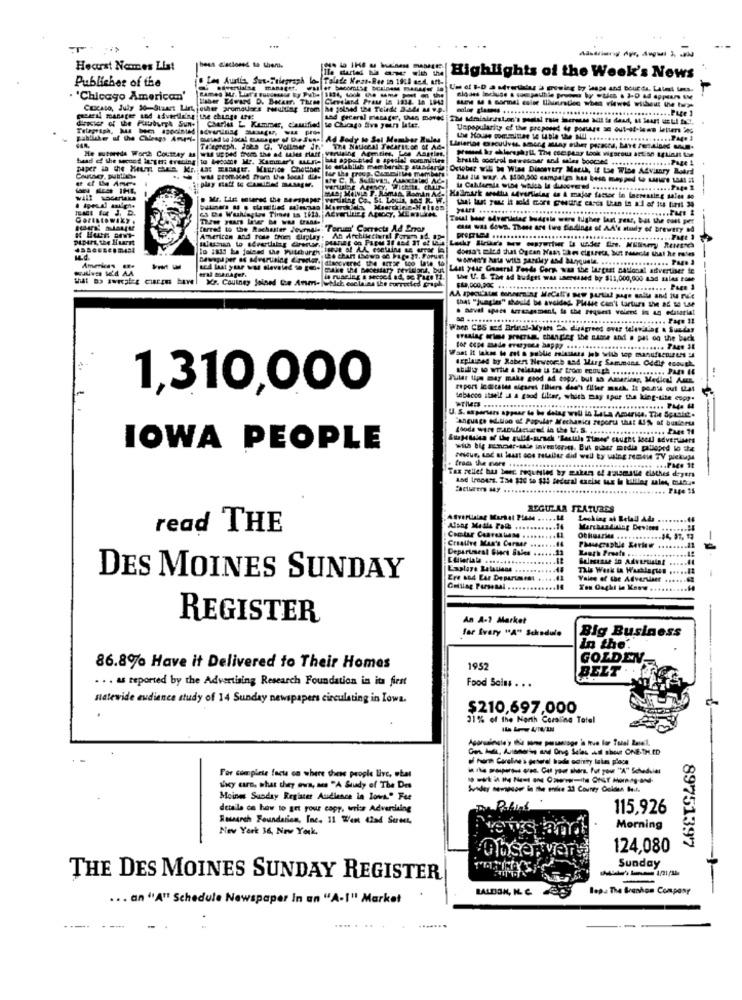
Hearst Ncomes List
Publicher of the
. Les Autla Sut-Telegraph lo- Talade Meat-Ree in 1918 ssd. tft-
Highlights of the Week's News
-------
. 'Chicago American'
Haber Edward D. Bacarr. Three Cleveland Pras in 1834. 18 1943
Cicaso, July 30-Staart List, other gromaders resulting from he joined 124 Tuinde 3M44 M 9.9.
.............. PL[e ]
direcier of the PlatzburgA Sun-
Des manager and advertle'sg the change url:
Charles L. Kammar, clauified to Chicago Sva years later.
Unpopularity of the proposed de posure se out-of-lena letumr 2%
Ad Body to Sel Member Rules
trulging Agmties, Les Ansties
bead of the second lergers erening
He sisseeds Word Coumay an wil upped from the ad sales Hatt
pointed . aposlal committee
proud &y chlorophyll The ese paar Look vigorous actish spuinst ton
tar the group. Committee member
Ortober wil be Wise Discovery Macch, if 15e Wice Advisory Board
WM From.Med from the local die-
-
Hallmark svetta Mvertising de A major factor in Increasing sales do
ferred to the Rochester Journale :Forum' Corrects Ad Error
cd was down. These are tie findings of AA's study of Brewery &d
DIDAM, the Hurst
.....
he rates
Blancvered the METze too late to
Ammicas ...
LAnt your General Tende Corn was the largest national advertiser te
that no swwater cres have! Mr. Couiney joined De Anm- whlet esclains the curvedied graph
eral manager.
the U. S. The ad Budget was unesused by $11,000,000 a3d sales rome
AA speculates donnerning MeCatto Bey purtial page salte and fu ru's
that "jungles" should be avoided. Please can't tortura the ad na use
When CBS azd Brinal-Myths "A disagreed over televising & Sunday
ersalag arios gracza, changing the stone and a pas on the back
for cone maade everyone happy ..........
explained by Rabers Newsorch and Marg Sammans, Oddly enough.
Tilat tips may make good ad copy, but as Americag, Medien! Ame.
1,310,000
report Indicates cigares Illiers dea's filler mach. It points out that
debacco itself : a good filter, which may spur the king-tite copy.
U. S. asparsans appear to ho delag well in Lata America. The Spuckt.
Language edition of Popular Mechanics report that &1% of business
SulaHalen of the guild-mench 'Beutile Time' caught loell advertisers
IOWA PEOPLE
ressur, Lac at least cos retailer did well ty wine remele TY pickups
Tax pellet bus beer. requested by makers of J'aismalle clothes deyers
Facturers My ...
REGULAR FEATURES
Locking af Retall Adi ..
read THE
Contar Caarealum ..
Creative Man's Carser
-
Department Chart Sales
.11
Explore Relavisas
This Work in Warslagte! ..
DES MOINES SUNDAY
Ere and Ear Department ...
..... 41
Valee of the Advertiser ...
Gelllag Personal
You Daghi in Kemw
REGISTER
An A-1 Market
far Ivary "A" Schedule
Big Business
in the'.
GOLDEN
86.8% Have it Delivered to Their Homes
1952
BELT
. . . as reported by the Advertising Research Foundation in its first
Food Soins . . .
statewide audience study of 14 Sunday newspapers circulating in Iowa.
$210,697,000
31% of the North Carolina Total
in ra popers ores Get your share. Put your "A" Scheduler
For complete facts on where these people live, obat
soy ern, what they eu's, aus "A Study of The Des
Moinm Sunday Register Audience in Love." Fee
details on how to get your copy, write Advertising
115,926
Rowarch Foundation, Inc. 11 Went 42nd Street,
New York 36, New York,
Morning
Observar
124,080
89751397
Sunday
THE DES MOINES SUNDAY REGISTER
BALDON, KL. C.
lep. The Branhon Company
... an "A" Schedule New
aper In un "A-1" Market